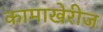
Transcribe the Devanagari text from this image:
कामाखेरीज